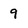
Character: 9